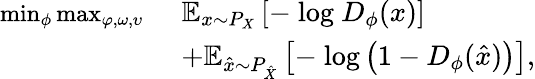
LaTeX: \begin{array}{rl}{\small\operatorname*{min}_{\phi}\operatorname*{max}_{\varphi,\omega,\upsilon}\mathrm{~}}&{\mathbb{E}_{x\sim P_{X}}\left[-\mathrm{~log~}D_{\phi}(x)\right]}\\ &{+\mathbb{E}_{\hat{x}\sim P_{\hat{X}}}\left[-\mathrm{~log}\left(1-D_{\phi}(\hat{x})\right)\right],}\end{array}